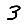
Digit: 3